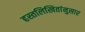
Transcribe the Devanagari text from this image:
हस्तलिखितांनुसार